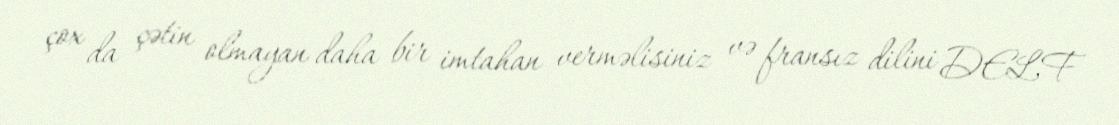
çox da çətin olmayan daha bir imtahan verməlisiniz və fransız dilini DELF